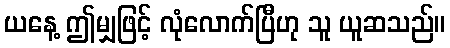
ယနေ့ ဤမျှဖြင့် လုံလောက်ပြီဟု သူ ယူဆသည်။